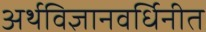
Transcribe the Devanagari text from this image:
अर्थविज्ञानवर्धिनीत